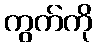
ကွက်ကို